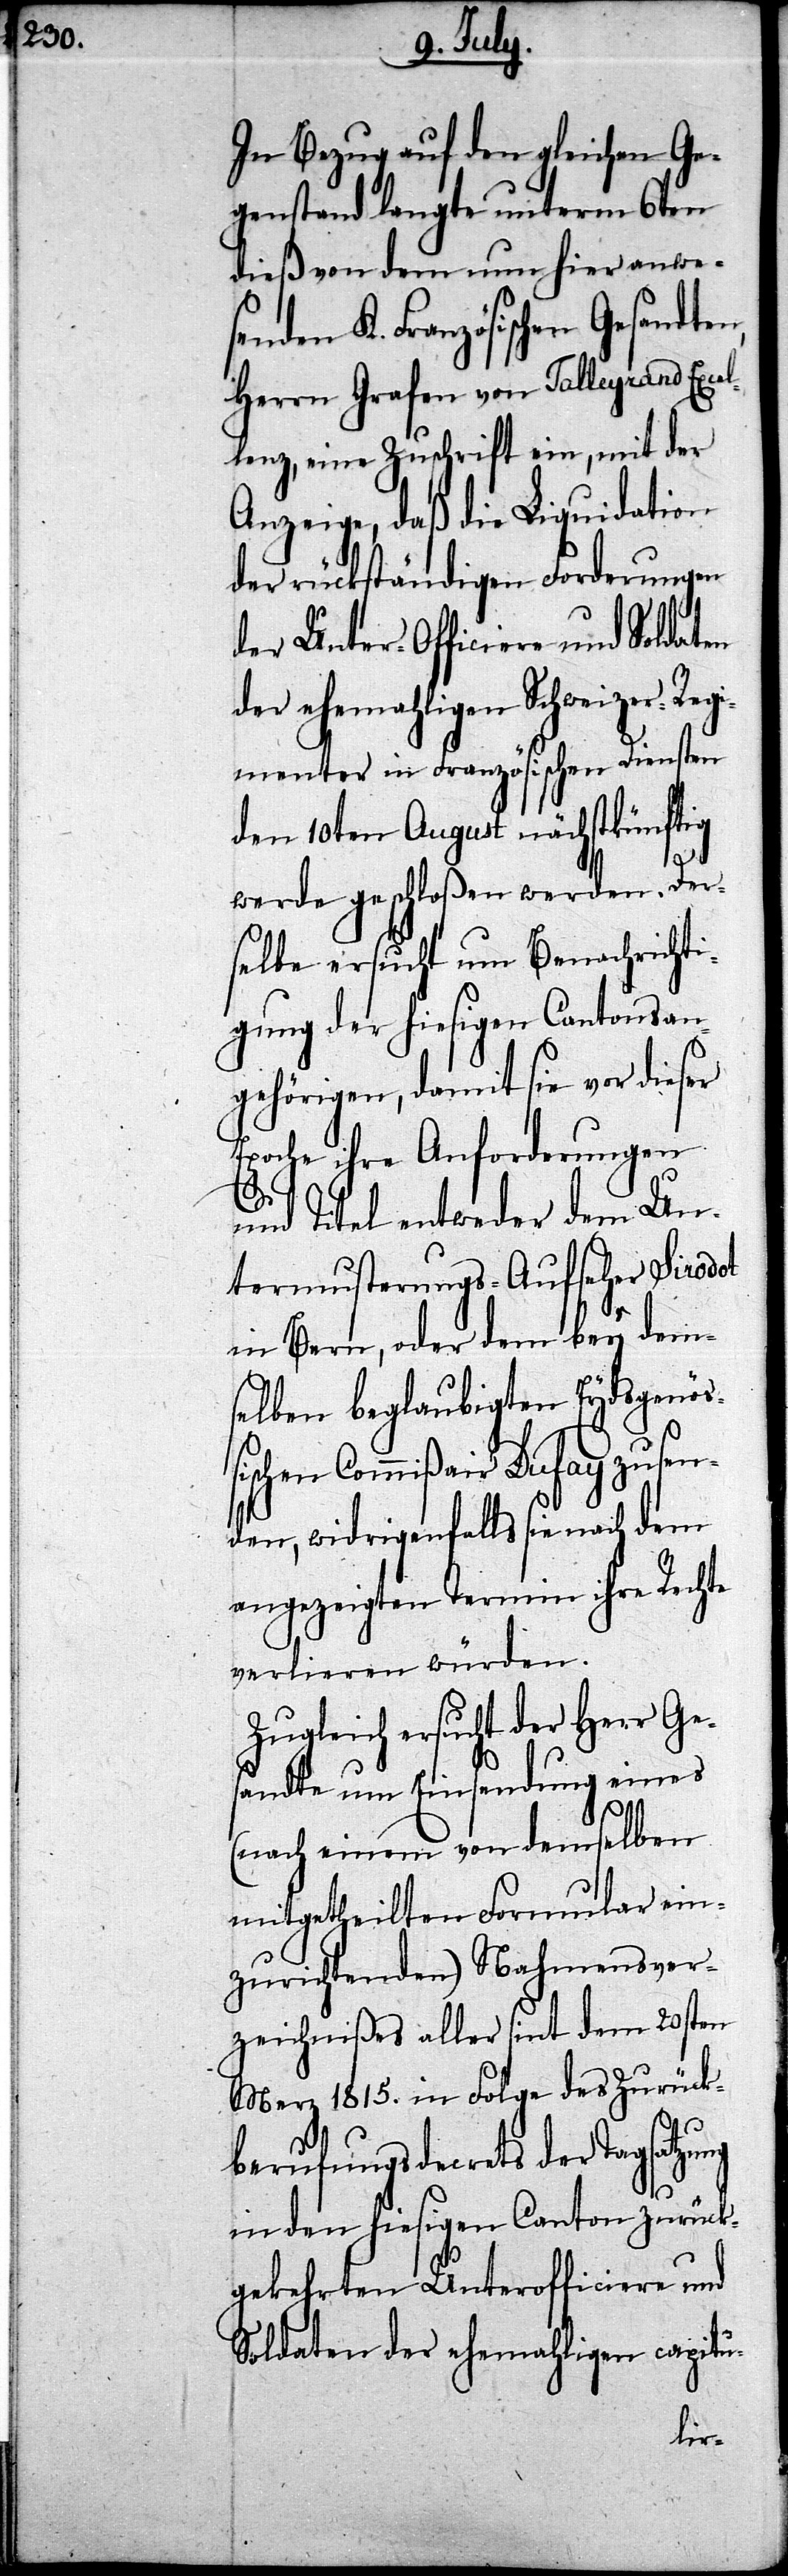
In Bezug auf den gleichen Ge¬
genstand langte unterm 6ten
dieß von dem um hier anwes¬
enden K. Französischen Gesandte¬
Herrn Grafen von Talleyrand Exce¬
llenz, eine Zuschrift ein, mit der
Anzeige, daß die Liquidation
der rückständigen Forderungen
der Unter-Officiere und Soldaten
der ehemahligen Schweizer-Reg¬
imenter in Französischen Diensten
den 10ten August nächstkünftig
werde geschloßen werden. Der¬
selbe ersucht um Benachrichti¬
gung der hiesigen Cantonsan¬
gehörigen, damit sie vor dieser
Epoche ihre Anforderungen
n,
und Titel entweder dem Un¬
termusterungs-Aufseher Sirodot
in Bern, oder dem bey dem¬
selben beglaubigten Eydsgenöß¬
ischen Commißair Dufay zusen¬
den, widrigenfalls sie nach dem
angezeigten Termin ihre Rechte
verlieren würden.
Zugleich ersucht der Herr Ge¬
sandte um Einsendung eines
(nach einem von demselben
mitgetheilten Formular ein¬
zurichtenden) Nahmensver¬
zeichnißes aller sint dem 20sten
Merz 1815. in Folge des Zurück¬
berufungsdecrets der Tagsatzung
in den hiesigen Canton zurück¬
gekehrten Unterofficieren und
Soldaten der ehemahligen capitu-